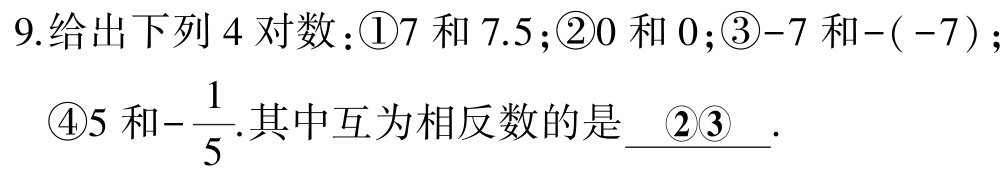
9.给出下列4对数：\textcircled{1}7和7.5；\textcircled{2}0和0；\textcircled{3}-7和-(-7)；
\textcircled{4}5和$-\dfrac{1}{5}$.其中互为相反数的是 \underline{\textcircled{2}\textcircled{3}} .